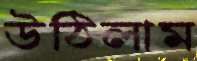
উঠিলাম